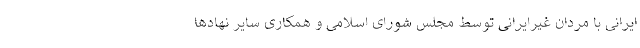
ایرانی با مردان غیرایرانی توسط مجلس شورای اسلامی و همکاری سایر نهادها